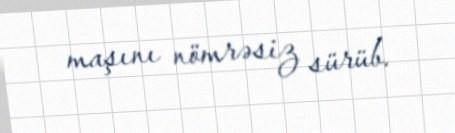
maşını nömrəsiz sürüb.